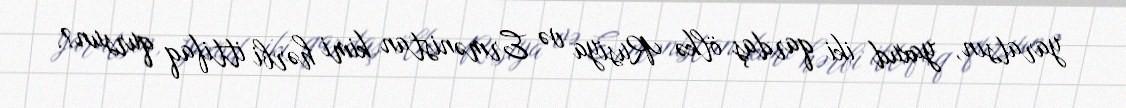
yaratsın, yaxud iki qardaş ölkə Rusiya və Ermənistan kimi hərbi ittifaq qursun?.